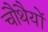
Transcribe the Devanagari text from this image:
चौथैयों